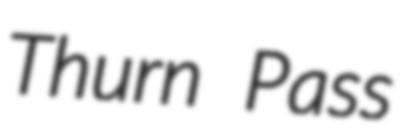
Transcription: Thurn Pass